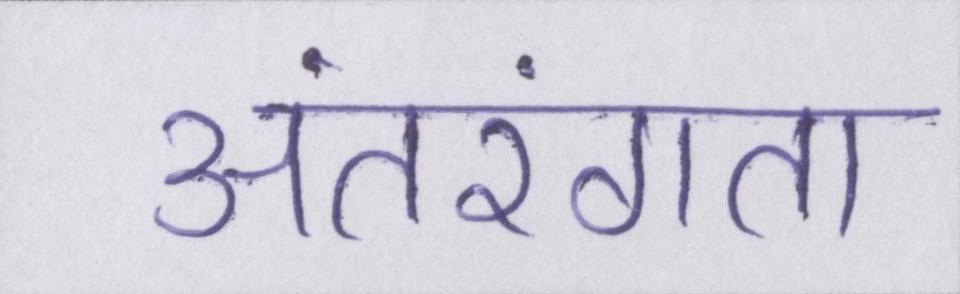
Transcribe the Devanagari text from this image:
अंतरंगता